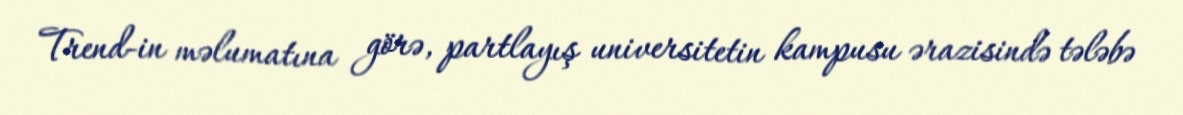
Trend-in məlumatına görə, partlayış universitetin kampusu ərazisində tələbə